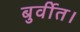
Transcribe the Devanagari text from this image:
बुर्वीत।